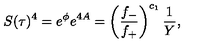
S ( \tau ) ^ { 4 } = e ^ { \phi } e ^ { 4 A } = \left( \frac { f _ { - } } { f _ { + } } \right) ^ { c _ { 1 } } \frac { 1 } { Y } ,